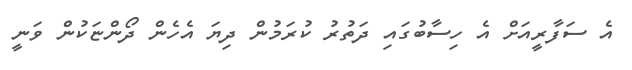
އެ ސަފާރީއަށް އެ ހިސާބުގައި ދަތުރު ކުރަމުން ދިޔަ އެހެން ދޯންޏަކުން ވަނީ